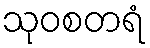
သုဝစတရံ